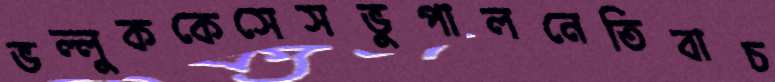
ভল্লুককেসেসভুপালনেতিবাচ